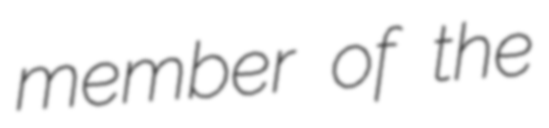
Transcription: member of the